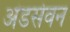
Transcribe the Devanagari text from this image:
अंडसेवन